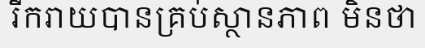
រីករាយបានគ្រប់ស្ថានភាព មិនថា